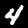
Label: 4